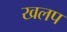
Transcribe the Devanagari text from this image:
खलप